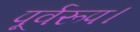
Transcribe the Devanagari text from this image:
पूर्वरूप।